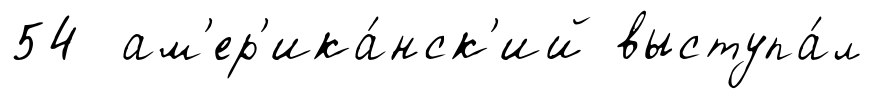
54 ам'ер'ика́нск'ий выступа́л